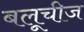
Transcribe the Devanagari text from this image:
बलूचीज